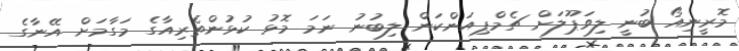
މޮރީނިއޯ ބުނީ ލިވަޕޫލަށް ޗެމްޕިއަންކަން ލިބުނު ނަމަ މޮޅު ކުޅުންތެރިއާގެ މަގާމަށް އޭނާގެ